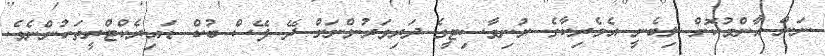
ނަން އާންމުކޮށް ލިބެނީ އެމެރިކާގެ ޔުނިވާސިޓީގެ ދަރިވަރުންނަށް ދޭ ފޭސް ބުކް ޑައިރެކްޓްރީތަކުންނެވެ.